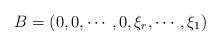
LaTeX: \begin{align*}B = (0,0,\cdots, 0, \xi_r, \cdots, \xi_1)\end{align*}